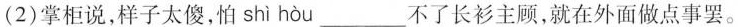
(2)掌柜说，样子太傻，怕 shì hòu___不了长衫主顾，就在外面做点事罢。